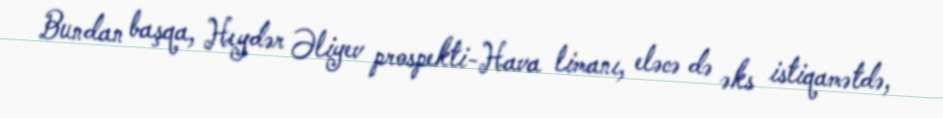
Bundan başqa, Heydər Əliyev prospekti-Hava limanı, eləcə də əks istiqamətdə,